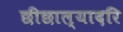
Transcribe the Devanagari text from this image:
छीछाल्यादरि